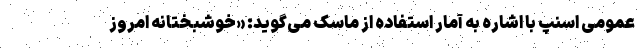
عمومی اسنپ با اشاره به آمار استفاده از ماسک می‌گوید: «خوشبختانه امروز